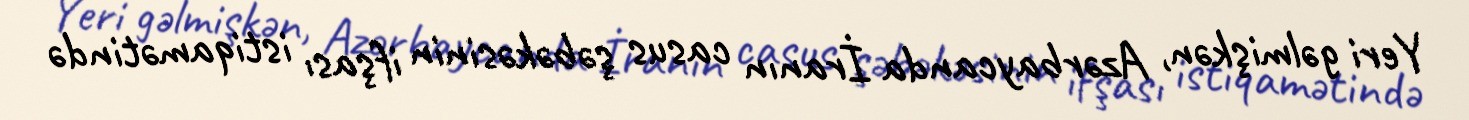
Yeri gəlmişkən, Azərbaycanda İranın casus şəbəkəsinin ifşası istiqamətində